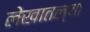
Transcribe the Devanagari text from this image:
लेखातल्या